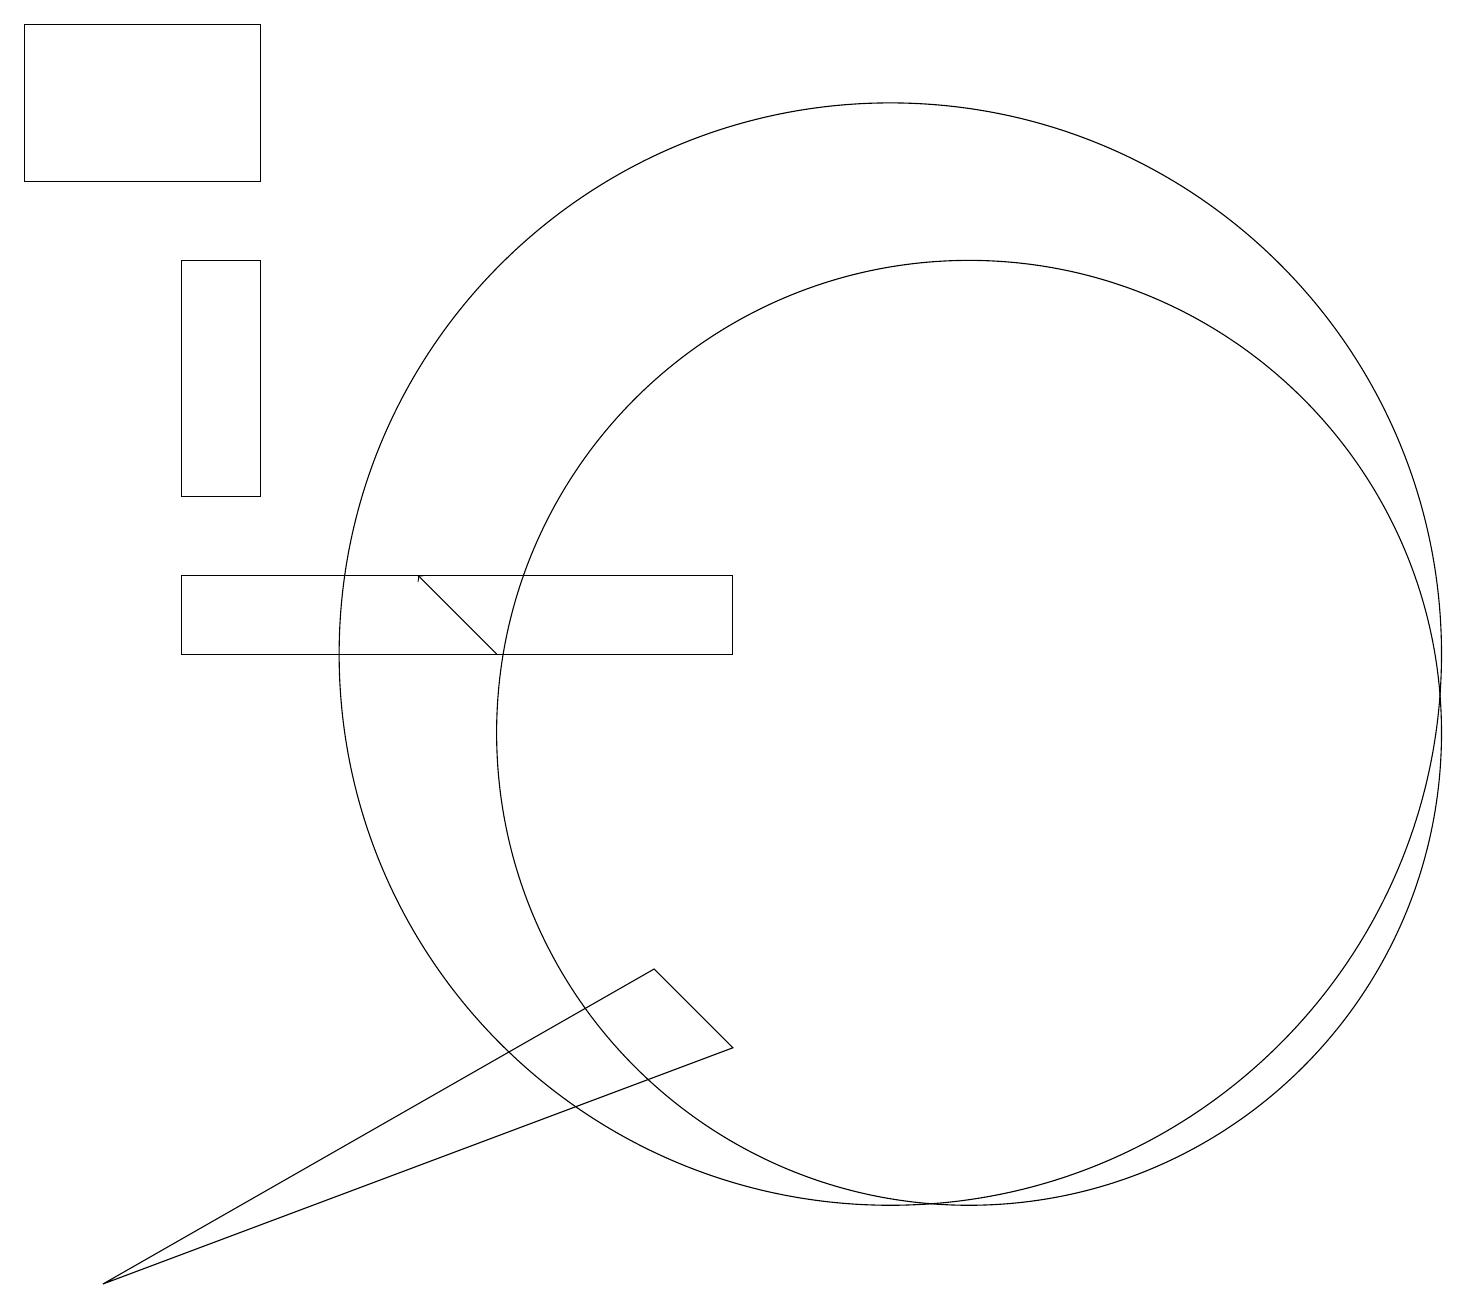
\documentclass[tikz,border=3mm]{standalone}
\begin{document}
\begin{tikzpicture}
\draw (9,6) -- (8,7) -- (1,3) -- cycle;
\draw (2,11) rectangle (9,12);
\draw (11,11) circle (7);
\draw (3,16) rectangle (2,13);
\draw (3,17) rectangle (0,19);
\draw[->] (6,11) -- (5,12);
\draw (12,10) circle (6);
\draw (10,11) circle (0);
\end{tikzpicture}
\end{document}